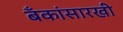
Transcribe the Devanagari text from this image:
बँकांसारखी